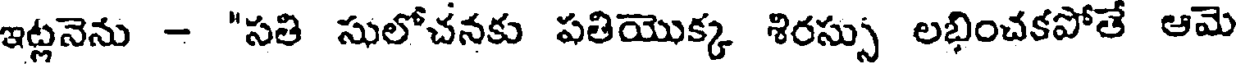
ఇట్లనెను - "సతి సులోచనకు పతియొక్క శిరస్సు లభించకపోతే ఆమె